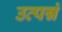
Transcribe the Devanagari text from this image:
उत्पन्नं